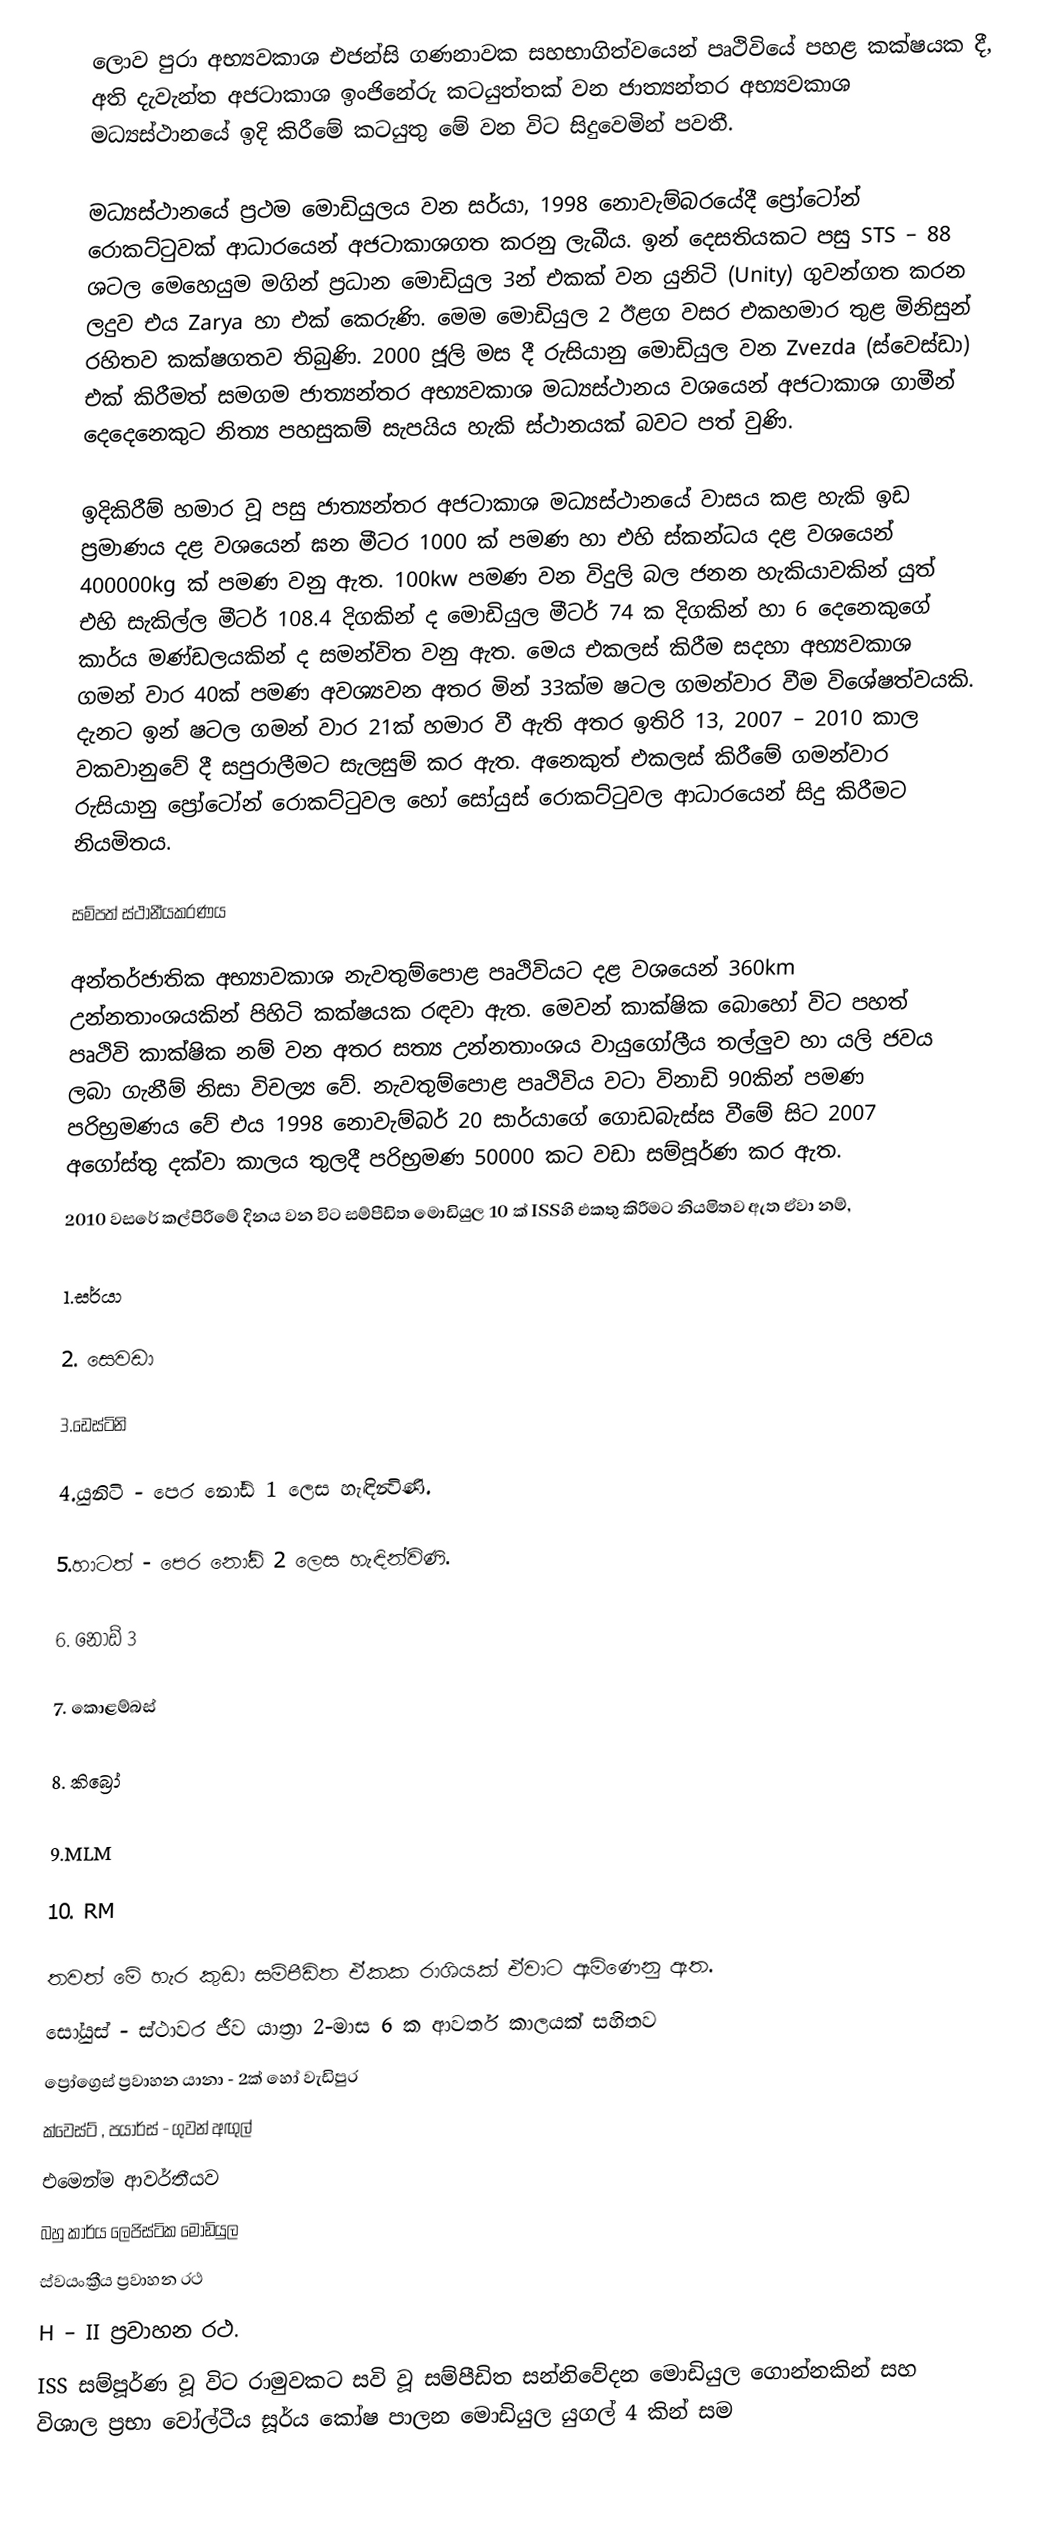
‍ලොව පුරා අභ්‍යවකාශ එජන්සි ගණනාවක සහභාගිත්වයෙන් පෘථිවියේ පහළ කක්ෂයක දී, අති දැවැන්ත අජටාකාශ ඉංජිනේරු කටයුත්තක් වන ජාත්‍යන්තර අභ්‍යවකාශ මධ්‍යස්ථානයේ ඉදි කිරීමේ කටයුතු මේ වන විට සිදුවෙමින් පවතී.

මධ්‍යස්ථානයේ ප්‍රථම මොඩියුලය වන සර්යා, 1998 නොවැම්බරයේදී ප්‍රෝටෝන් රොකට්ටුවක් ආධාරයෙන් අජටාකාශගත කරනු ලැබීය. ඉන් දෙසතියකට පසු STS – 88 ශටල මෙහෙයුම මගින් ප්‍රධාන මොඩියුල 3න් එකක් වන යුනිටි (Unity) ගුවන්ගත කරන ලදුව එය Zarya හා එක් කෙරුණි. මෙම මොඩියුල 2 ඊළග වසර එකහමාර තුළ මිනිසුන් රහිතව කක්ෂගතව තිබුණි. 2000 ජූලි මස දී රුසියානු මොඩියුල වන Zvezda (ස්වෙස්ඩා) එක් කිරීමත් සමගම ජාත්‍යන්තර අභ්‍යවකාශ මධ්‍යස්ථානය වශයෙන් අජටාකාශ ගාමීන් දෙදෙනෙකුට නිත්‍ය පහසුකම් සැපයිය හැකි ස්ථානයක් බවට පත් වුණි.

ඉදිකිරීම් හමාර වූ පසු ජාත්‍යන්තර අජටාකාශ මධ්‍යස්ථානයේ වාසය කළ හැකි ඉඩ ප්‍රමාණය දළ වශයෙන් ඝන මීටර 1000 ක් පමණ හා එහි ස්කන්ධය දළ වශයෙන් 400000kg ක් පමණ වනු ඇත. 100kw පමණ වන විදුලි බල ජනන හැකියාවකින් යුත් එහි සැකිල්ල මීටර් 108.4 දිගකින් ද මොඩියුල මීටර් 74 ක දිගකින් හා 6 දෙනෙකුගේ කාර්ය මණ්ඩලයකින් ද සමන්විත වනු ඇත. මෙය එකලස් කිරීම සදහා අභ්‍යවකාශ ගමන් වාර 40ක් පමණ අවශ්‍යවන අතර මින් 33ක්ම ෂටල ගමන්වාර වීම විශේෂත්වයකි. දැනට ඉන් ෂටල ගමන් වාර 21ක් හමාර වී ඇති අතර ඉතිරි 13, 2007 – 2010 කාල වකවානුවේ දී සපුරාලීමට සැලසුම් කර ඇත. අනෙකුත් එකලස් කිරීමේ ගමන්වාර රුසියානු ප්‍රෝටෝන් රොකට්ටුවල හෝ ‍සෝයුස් රොකට්ටුවල ආධාරයෙන් සිදු කිරීමට නියමිතය.

සම්පත් ස්ථානීයකරණය

අන්තර්ජාතික අභ්‍යාවකාශ නැවතුම්පොළ පෘථිවියට දළ වශයෙන් 360km උන්නතාංශයකින් පිහිටි කක්ෂයක රඳවා ඇත. මෙවන් කාක්ෂික බොහෝ විට පහත් පෘථිවි කාක්ෂික නම් වන අතර සත්‍ය උන්නතාංශය වායුගෝලීය තල්ලුව  හා යලි ජවය ලබා ගැනීම් නිසා විචල්‍ය වේ. නැවතුම්පොළ පෘථිවිය වටා විනාඩි 90කින් පමණ පරිභ්‍රමණය වේ එය 1998 නො‍වැම්බර් 20 සාර්යාගේ ගොඩබැස්ස වීමේ සිට 2007 අගෝස්තු දක්වා කාලය තුලදී පරිභ්‍රමණ 50000 කට වඩා සම්පූර්ණ කර ඇත.
2010 වසරේ කල්පිරීමේ දිනය වන විට  සම්පීඩිත මොඩියුල 10 ක් ISSහි එකතු කිරීමට නියමිතව ඇත ඒවා නම්,

1.සර්යා

2. සෙවඩා

3.ඩෙස්ටිනි

4.යුනිටි - පෙර නෝඩ් 1 ලෙස හැඳින්‍විණි.

5.හාටත් - පෙර නෝඩ් 2 ලෙස හැඳින්විණි.

6. නොඩ් 3

7. කොළම්බස්

8. කිබ්‍රෝ

9.MLM

10. RM

තවත් මේ හැර කුඩා  සම්පීඩිත ඒකක රාශියක් ඒවාට ඇමිණෙනු ඇත.
සෝයුස් - ස්ථාවර ජීව යාත්‍රා 2-මාස 6 ක ආවර්ත කාලයක් සහිතව
ප්‍රෝග්‍රෙස් ප්‍රවාහන යානා  - 2ක් හෝ වැඩිපුර
ක්වෙස්ට් , පයාර්ස් - ගුවන් අඟුල්
එමෙන්ම ආවර්තීයව
බහු කාර්ය ලෙජිස්ටික මොඩියුල
ස්වයංක්‍රීය ප්‍රවාහන රථ
H – II  ප්‍රවාහන රථ.
ISS සම්පූර්ණ  වූ විට රාමුවකට සවි වූ සම්පීඩිත සන්නිවේදන මොඩියුල ගොන්නකින් සහ විශාල ප්‍රභා වෝල්ටීය සූර්ය කෝෂ පාලන මොඩියුල යුගල් 4 කින්  සම